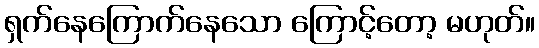
ရှက်နေကြောက်နေသော ကြောင့်တော့ မဟုတ်။